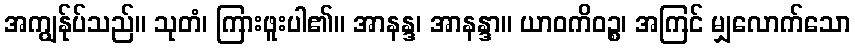
အကျွန်ုပ်သည်။ သုတံ၊ ကြားဖူးပါ၏။ အာနန္ဒ၊ အာနန္ဒာ။ ယာဝကိဝဉ္စ၊ အကြင် မျှလောက်သော